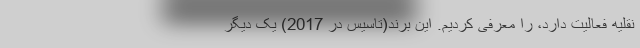
نقلیه فعالیت دارد، را معرفی کردیم. این برند(تاسیس در 2017) یک دیگر